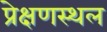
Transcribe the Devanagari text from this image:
प्रेक्षणस्थल